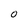
Character: 0